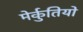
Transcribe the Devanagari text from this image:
मेर्कुतियो